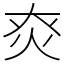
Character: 㶫